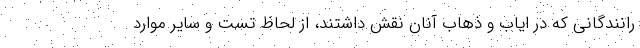
رانندگانی که در ایاب و ذهاب آنان نقش داشتند، از لحاظ تست و سایر موارد